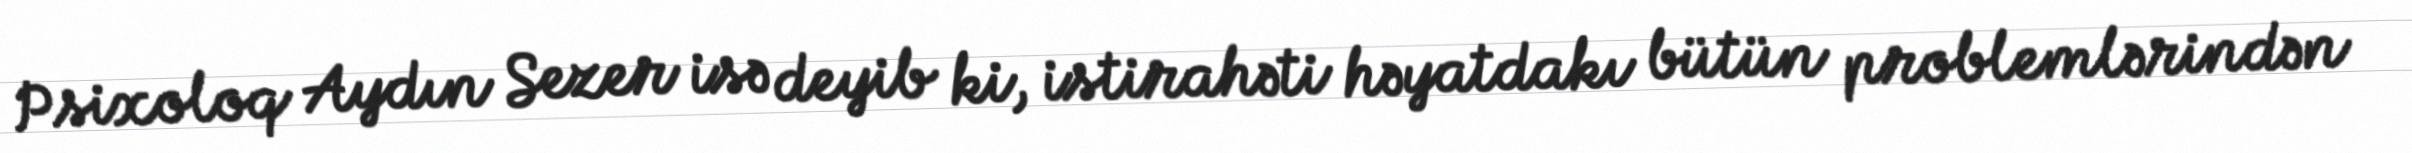
Psixoloq Aydın Sezer isə deyib ki, istirahəti həyatdakı bütün problemlərindən